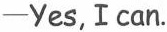
—Yes, I can.